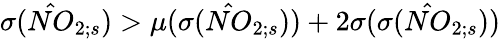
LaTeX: \sigma(\hat{NO}_{2;s})>\mu(\sigma(\hat{NO}_{2;s}))+2\sigma(\sigma(\hat{NO}_{2;s}))